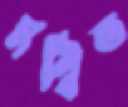
মন্বিত